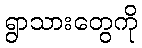
ရွာသားတွေကို